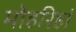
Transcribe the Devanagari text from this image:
मोहरिहां